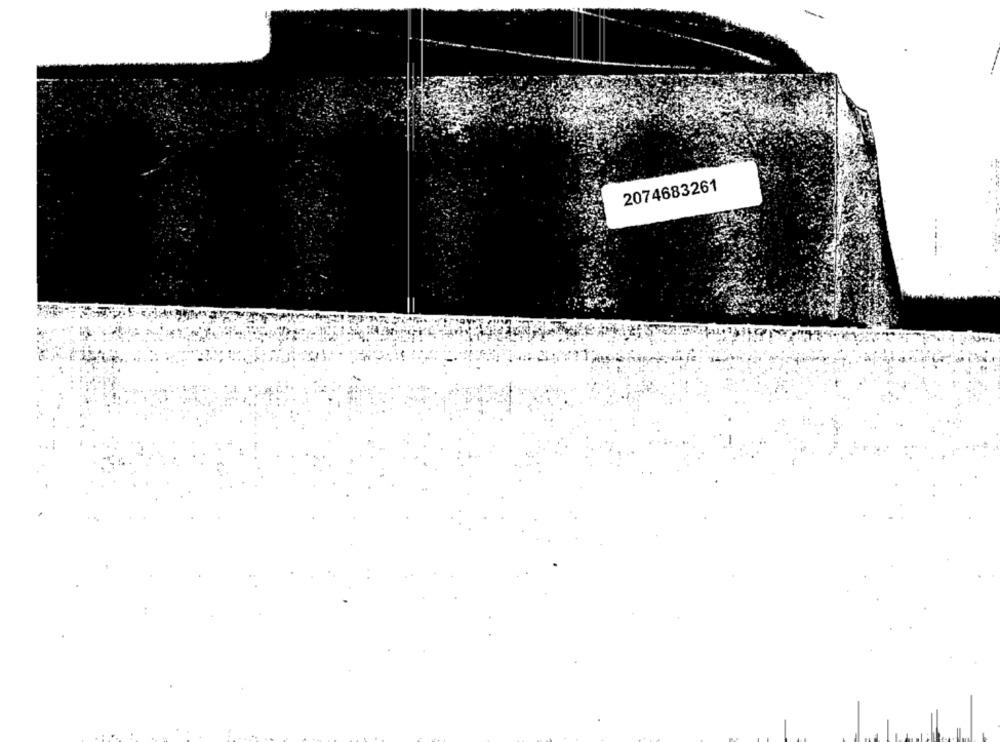
2074683261